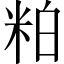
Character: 粕